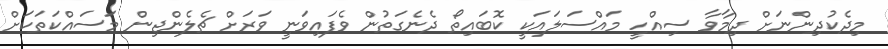
މިދެކުދިންނަށް ދިމާވާ ސިއްހީ މައްސަލައަކީ ކޮބައިތޯ ދެނެގަތުން ވެފައިވަނީ ވަރަށް ޗެލެންޖިން މަސައްކަތަކަށް